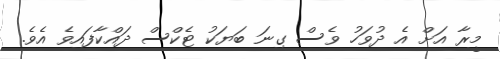
މީރާ އަށް އެ ދުވަހު ވެސް ގިނަ ބަޔަކު ޓެކްސް ދައްކާފައިވެ އެވެ.